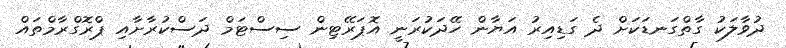
ދުވާލަކު ގާތްގަނޑަކަށް ދެ ގަޑިއިރު އަޔާން ހޭދަކުރަނީ އޮޕަރޭޓިން ސިސްޓަމް ދަސްކުރާށާއި ޕްރޮގްރާމްތައް